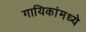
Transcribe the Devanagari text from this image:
गायिकांमध्ये